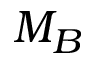
M _ { B }